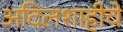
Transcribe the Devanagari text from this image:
अदिलशाहीचे